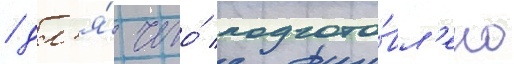
/ дл'я́ чего́ подгото́вл'ено